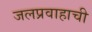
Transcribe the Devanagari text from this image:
जलप्रवाहाची